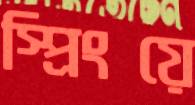
স্প্রিংয়ে